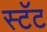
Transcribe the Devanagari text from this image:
स्टॅट